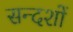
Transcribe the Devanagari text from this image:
सन्दशों